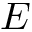
E